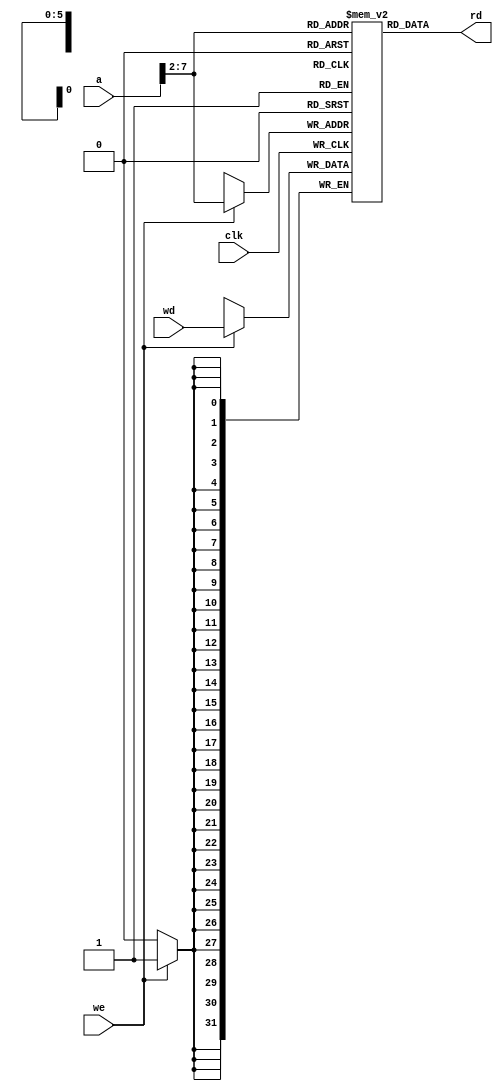
// External memories used by MIPS single-cycleprocessor
//------------------------------------------------
module dmem(input          clk, we,
            input   [31:0] a, wd,
            output  [31:0] rd);

   reg [31:0] RAM[63:0];

  assign rd = RAM[a[31:2]]; // word aligned

  always @(posedge clk)
    if (we)
      RAM[a[31:2]] <= wd;
endmodule

module imem(input   [5:0]  a,
            output  [31:0] rd);

   reg [31:0] RAM[63:0];

  initial
    begin
      $readmemh("memfile.dat",RAM, 0, 17); // initialize memory

    end

  assign rd = RAM[a]; // word aligned
endmodule